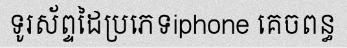
ទូរស័ព្ទដៃប្រភេទiphone គេចពន្ធ